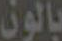
بالون